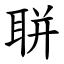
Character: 聠